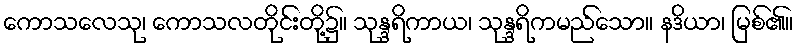
ကောသလေသု၊ ကောသလတိုင်းတို့၌။ သုန္ဒရိကာယ၊ သုန္ဒရိကမည်သော။ နဒိယာ၊ မြစ်၏။